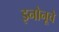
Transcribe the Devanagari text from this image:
इनोनूचे